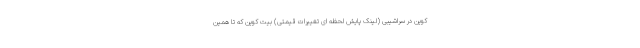
کوین در سراشیبی (لینک پایش لحظه ای تغییرات قیمتی) بیت کوین که تا همین